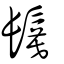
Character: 鬕